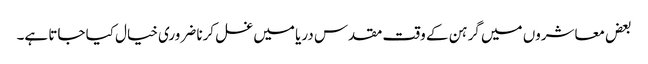
بعض معاشروں میں گرہن کے وقت مقدس دریا میں غسل کرنا ضروری خیال کیا جاتا ہے۔